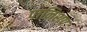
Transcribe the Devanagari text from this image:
पानिशप